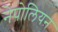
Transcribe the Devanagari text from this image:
नेपोलियऩ